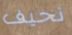
نحيف